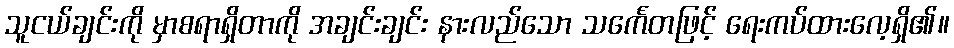
သူငယ်ချင်းကို မှာစရာရှိတာကို အချင်းချင်း နားလည်သော သင်္ကေတဖြင့် ရေးကပ်ထားလေ့ရှိ၏။